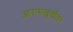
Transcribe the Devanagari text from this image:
आरामखुर्चीवर